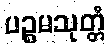
ပဉ္စမသုတ္တံ